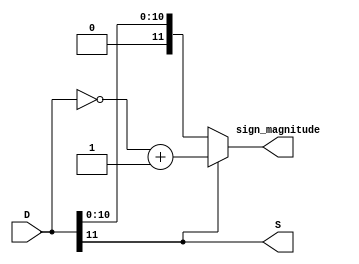
// Code your design here
module twos_complement_to_sign_magnitude(D, S, sign_magnitude);
	input wire [11:0] D;
	output wire S;
	output reg [11:0] sign_magnitude;

	assign S = D[11];

	always @(*) begin
		if(S == 1'b1) begin
			sign_magnitude = (~D) + 1;
		end
		else begin
			sign_magnitude = D;
		end
	end

endmodule